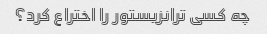
چه کسی ترانزیستور را اختراع کرد؟